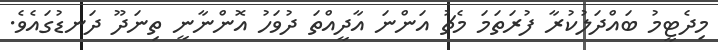
މިދެޓީމު ބައްދަލުކުރާ ފުރަތަމަ މެޗު އަންނަ އާދީއްތަ ދުވަހު އޮންނާނީ ތިނަދޫ ދަނޑުގައެވެ.